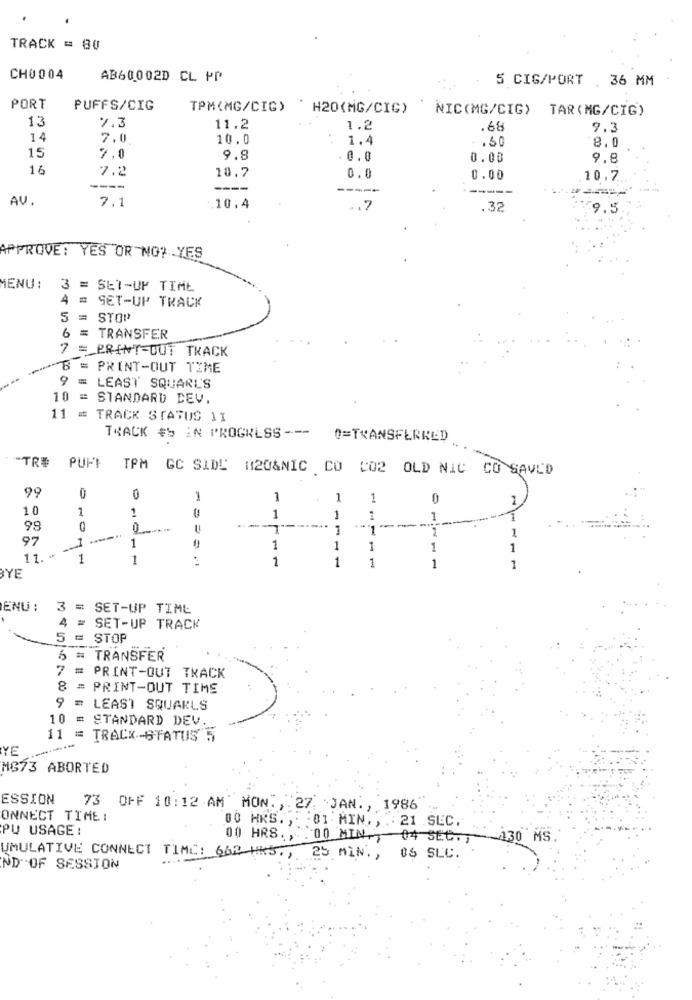
.
TRACK = 80
CH0004
AB60002D CL PP
5 CIG/PORT 36 MM
PORT
PUFFS/CIG
TPM(MG/CIG) ' H20(MG/CIC) NIC(MG/CIG) TAR (MG/CIG)
13
%3
11.2
1.2
.68
9.3
14
7.0
10.0
1.4
.. 50
8.0
15
7.0
9.8
. 0.0
0.00
9.8
16
7.2
10.7
0.0
0.00
10.7
----
----
-----
AV.
7.1
10.4
.. 7
.32
9.5
APPROVE: YES OR NO? YES
MENU :
3 -
SET-UP TIME
SET-UP TRACK
5 :
STOP
6 = TRANSFER
7 = PRINT-OUT TRACK
B = PRINT-OUT TIME
LEAST SQUARL'S
10 = STANDARD DEV.
11 =
TRACK STATUS 11
TRACK #5 IN PROGRESS ---
0=TRANSFERRED
-TRE
PUPE
TPM GC SIDL' #120&NIC CO C02 OLD NIC CO SAVED
99
0
1
1
1
10
1
1
1
-
1
1
1
--
99
1
97
1
1
1
1
1
1
1
11 .*
1
1
1
1
1
YE
ENU :
3 = SET-UP TIME
4 =
SET-UP TRACK
5 = STOP
6 = TRANSFER
7 :
PRINT-OUT TRACK
8
# PRINT-OUT TIME
LEAST SQUARLS
10 = STANDARD DEV.
-----
11 = TRACK -- STATUS 5
YE
MG73 ABORTED
ESSION
73
OFF 10:12 AM" MON. , 27. JAN ., 1986 --
ONNECT TIME :
PU USAGE :
00 HRS. ,::
5 :01 MIN. , .: 21 SEC.
00 HRS .,. 00 MIN -, 04 SEC .,- 130 MS
UMULATIVE CONNECT TIME: 662 HK3 .,
25 MIN .,
06 SLC.
ND OF SESSION